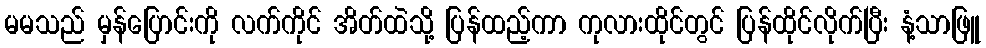
မမသည် မှန်ပြောင်းကို လက်ကိုင် အိတ်ထဲသို့ ပြန်ထည့်ကာ ကုလားထိုင်တွင် ပြန်ထိုင်လိုက်ပြီး နံ့သာဖြူ